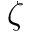
\zeta